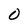
Character: 0